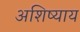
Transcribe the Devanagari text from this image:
अशिष्याय